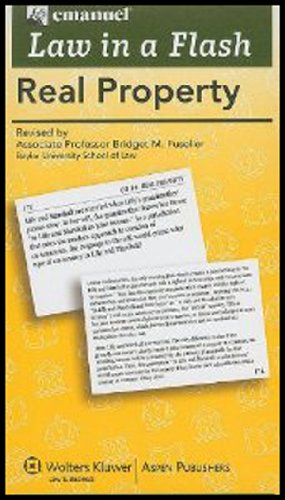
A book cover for Law in a Flash Cards: Real Property, 2013 Edition (Emanuel Law in a Flash); Steven L. Emanuel; Law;